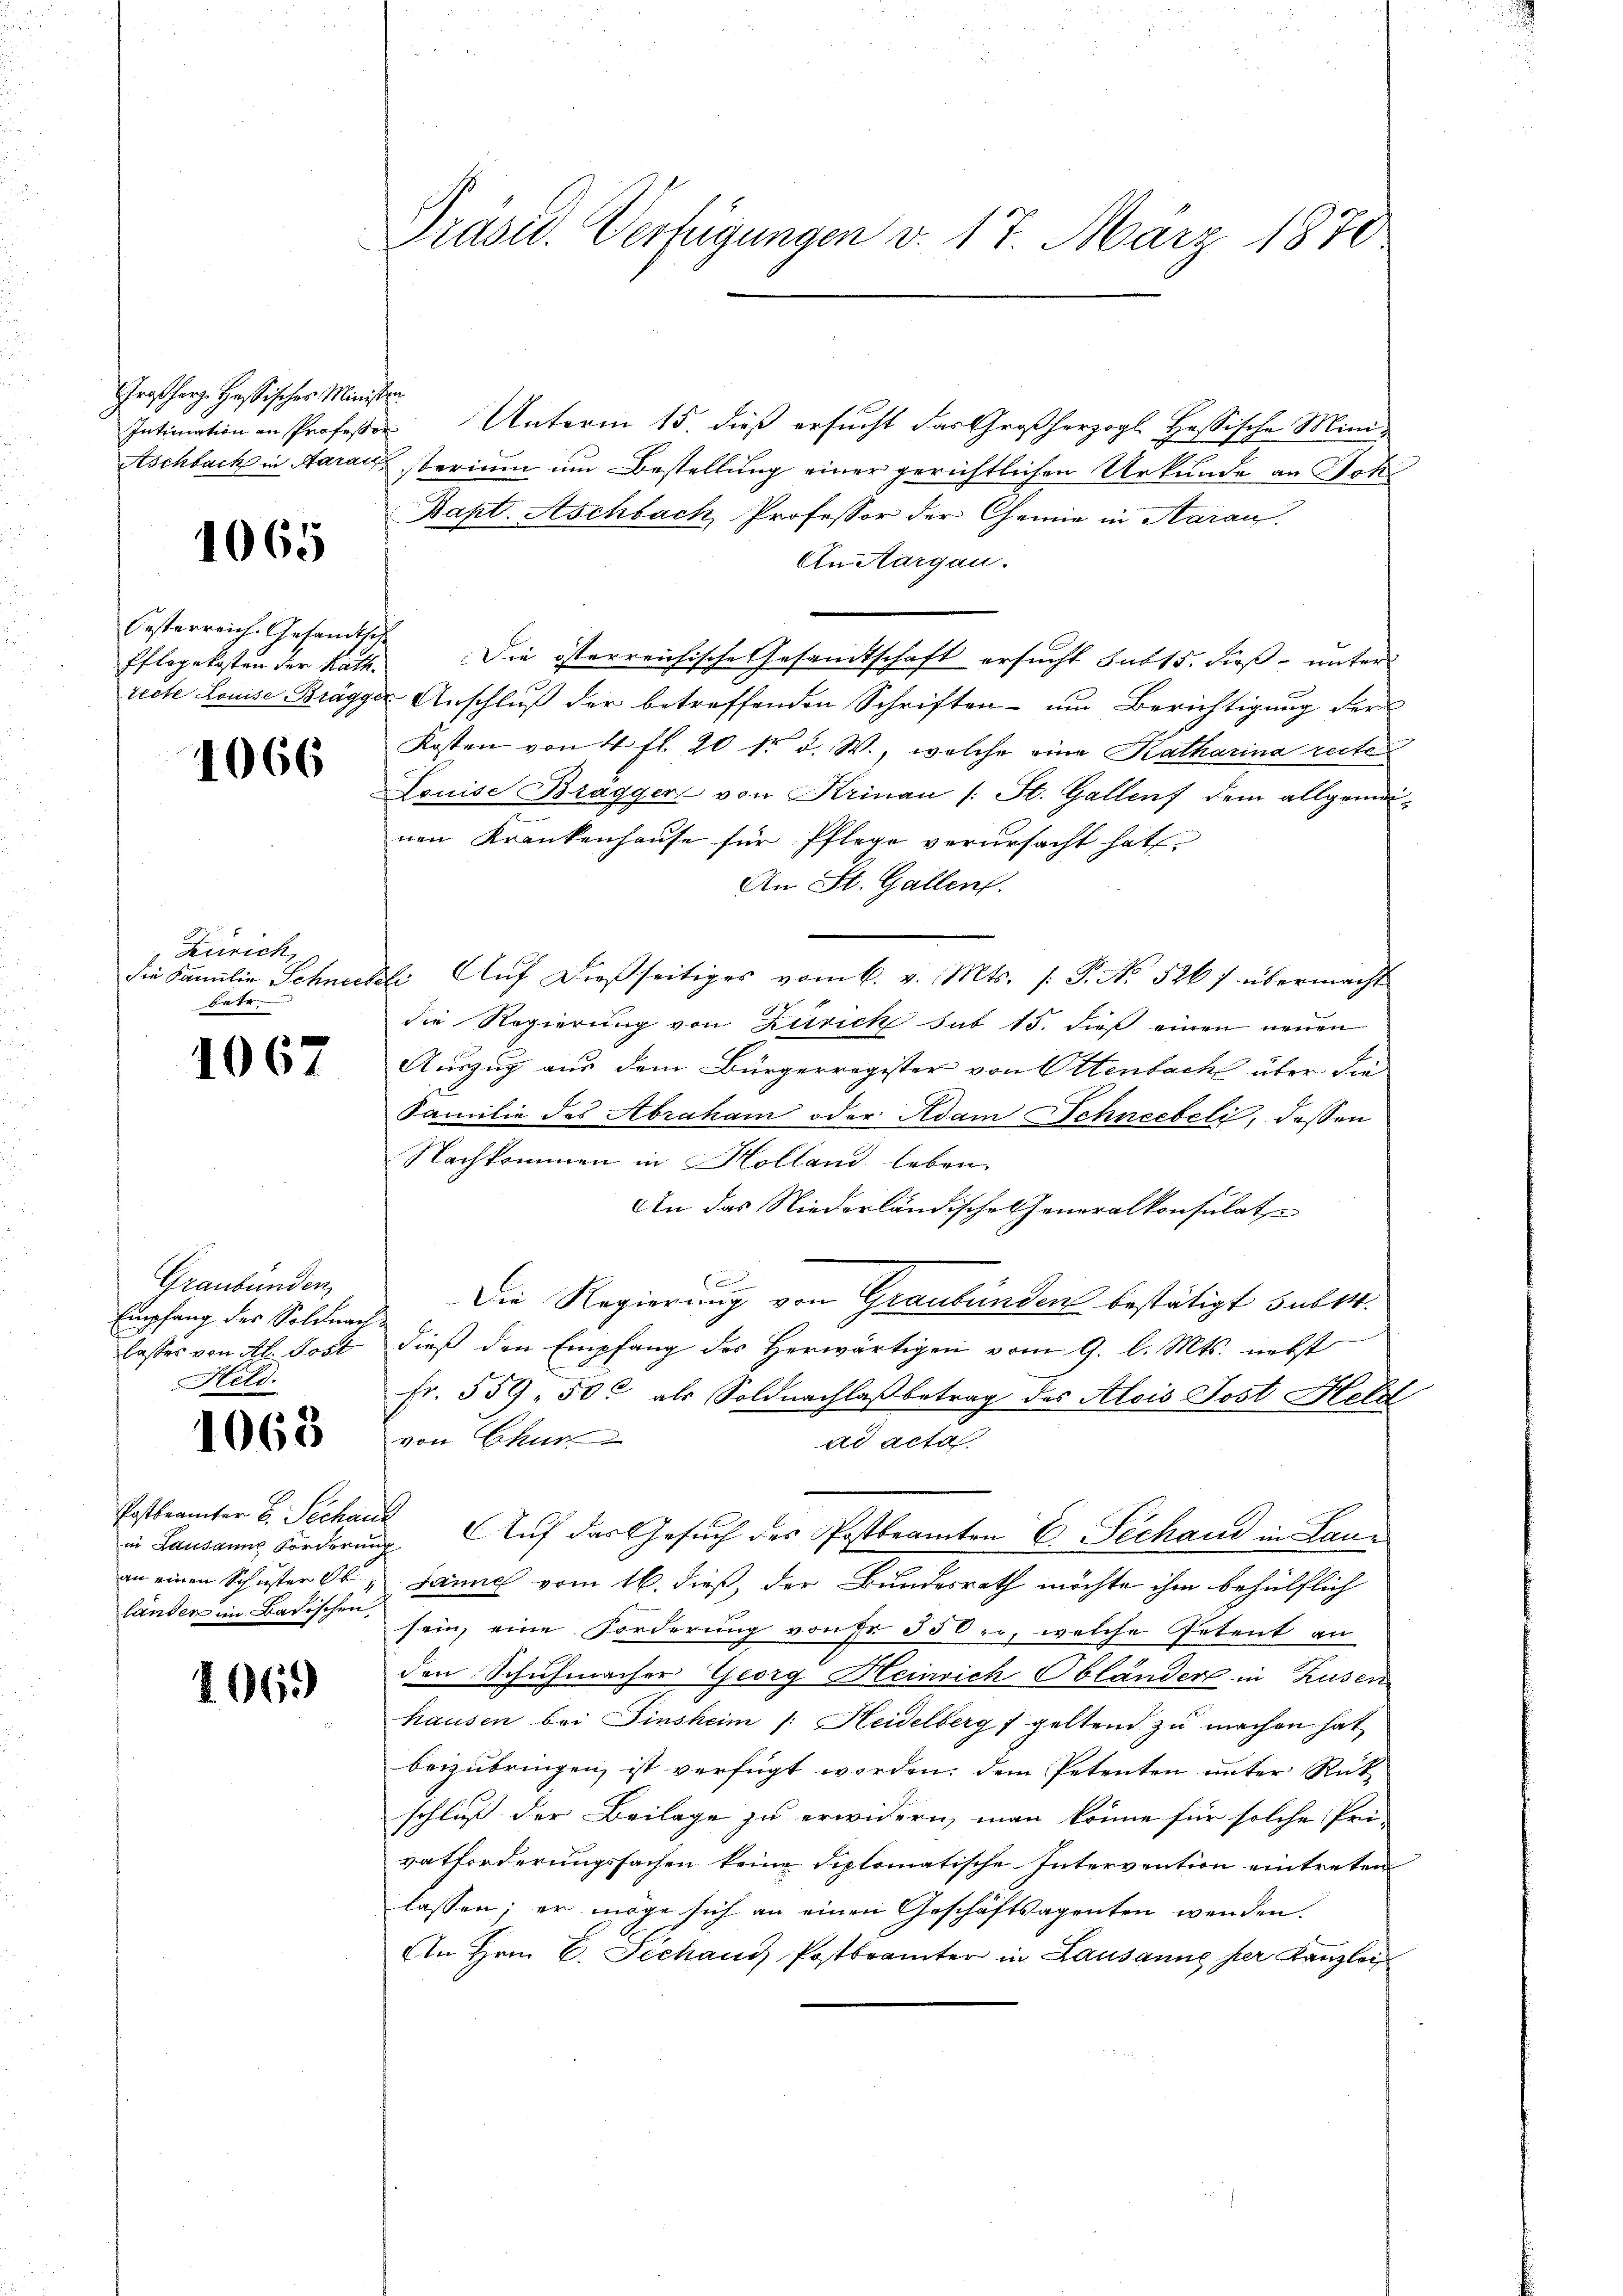
Großherz. Hassischer Minist
Intimation an Professor
Aschbach in Aarau

1065

Oesterreich Gesandthe
Pflegekosten der Kath.
tecte Louise Brägge

1066

Zürich
die Familie Schneer
betr.

1067

Graubünden,
Empfang des Soldnach
lasses von St. Post
Held.

1068

Postbeamter B. Sechan
in Lausanne Forderin
an einen Schuster Ob
länder im Badischen

106.

Präsid. Verfügungen v. 17. März 1870

e
Unterm 15 dieß ersucht das Großherzogl. Hassische Mini¬
Serium um Bestellung einer gerichtlichen Urkunde an Joki
Bapt. Aschbach Professor der Chemie in Aarau
AuAargau.
Die österreichische Gesamtschaft ersucht sub 15. dieß unter
Anschluß der betreffenden Schriften um Berichtigung der
Kosten von 4 fl. 20 kr. d. W., welche eine Katharina reiten
Louise Bragger von Krinau (: St. Gallenf dem allgemeinen Krankenhause für Pflege verursacht hat
An St. Gallen.
Auf dießseitiges vom 6. v. Mts. (: P. No. 526 f übermacht
e
die Regierung von Zürich sub 15. dieß einen neuen
Auszug aus dem Bürgerregister von Ottenbach über die
Familie des Abraham oder Adam Schneebeli, dessen
Nachkommen in Holland leben
An das Niederländischeheneralkonsulat
e
2
Die Regierung von Graubünden bestätigt sub 14.
dieß den Empfang des Herwärtigen vom 9. d. Mts. nebst
fr. 559. 50c als Soldnachlaß betrag des Alois Post Herzl
von Chur
ad acta
Auf das Gesuch des Postbeamten E. Pechand in Lan¬
Janne vom 16. dieß, der Bundesrath möchte ihm behülflich
sein, eine Forderung von Fr. 550 er, welche Petent an
den Schuhmacher Georg Heinrich Oblandert in Zusen
hausen bei Einsheim (: Heidelberg geltend zu machen hat
beizubringen, ist verfügt worden; dem Petenten unter Rükschluß der Beilage zu erwidern, man könne für solche Pro-
vatforderungssachen keine diplomatische Intervention eintreten
lassen; er möge sich an einen Geschäftsagenten wenden.
An Hrn. C. Fechans Postbrämter in Lausanne per Kanzlei